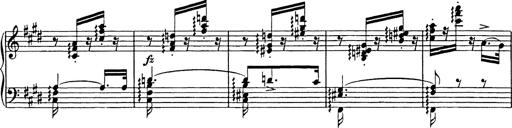
Title: Consolations
Composer: Franz Liszt